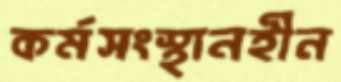
কর্মসংস্থানহীন